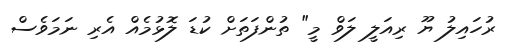
ރުހައިލު ޔޫ ރިއަލީ ލަވް މީ" ތުންފަތަށް ކުޑަ ލޮޅުމެއް އެރި ނަމަވެސް